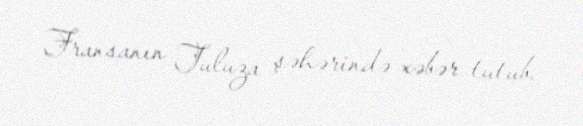
Fransanın Tuluza şəhərində xəbər tutub.